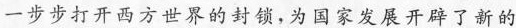
一步步打开西方世界的封锁，为国家发展开辟了新的